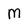
Character: M